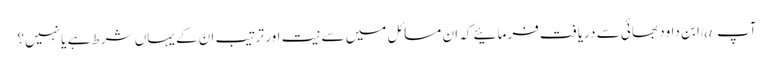
آپ @ابن داود بھائی سے دریافت فرمائیے کہ ان مسائل میں سے نیت اور ترتیب ان کے یہاں شرط ہے یا نہیں؟